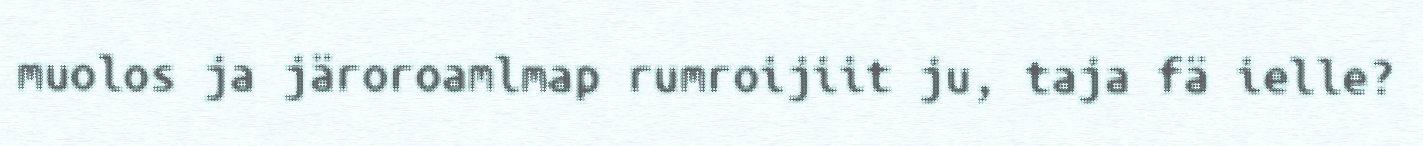
muolos ja järoroamlmap rumroijiit ju, taja fä ielle?